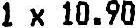
1 X 10.90